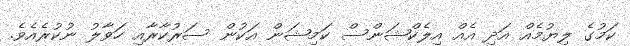
ކަމުގެ ލިޔުމެއް އަދި އެއް އިލެކްޝަންސް ކަމިޝަން އަކުން ސަރުކާރާއި ހަވާލު ނުކުރެއެވެ.